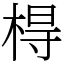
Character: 棏